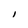
Character: I